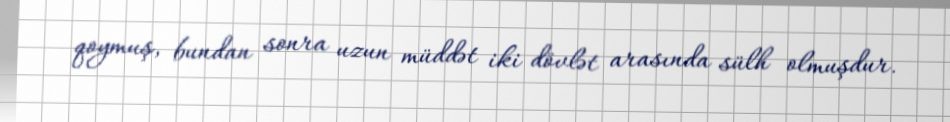
qoymuş, bundan sonra uzun müddət iki dövlət arasında sülh olmuşdur.